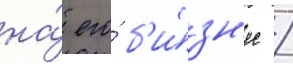
на́ его́ б'и́зн'ес /